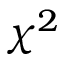
\chi ^ { 2 }